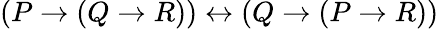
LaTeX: (P\to(Q\to R))\leftrightarrow(Q\to(P\to R))